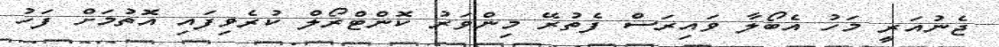
ޖެނުއަރީ މަހު އެބޯލާ ވައިރަސް ފެތުރޭ މިންވަރު ކޮންޓްރޯލް ކުރެވިފައި އޮތުމަށް ފަހު